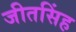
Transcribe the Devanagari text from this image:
जीतसिंह